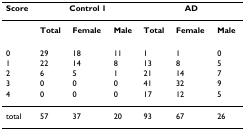
<table><thead><tr><td><b>Score</b></td><td colspan="3"><b>Control 1</b></td><td colspan="3"><b>AD</b></td></tr></thead><tbody><tr><td></td><td><b>Total</b></td><td><b>Female</b></td><td><b>Male</b></td><td><b>Total</b></td><td><b>Female</b></td><td><b>Male</b></td></tr><tr><td>0</td><td>29</td><td>18</td><td>11</td><td>1</td><td>1</td><td>0</td></tr><tr><td>1</td><td>22</td><td>14</td><td>8</td><td>13</td><td>8</td><td>5</td></tr><tr><td>2</td><td>6</td><td>5</td><td>1</td><td>21</td><td>14</td><td>7</td></tr><tr><td>3</td><td>0</td><td>0</td><td>0</td><td>41</td><td>32</td><td>9</td></tr><tr><td>4</td><td>0</td><td>0</td><td>0</td><td>17</td><td>12</td><td>5</td></tr><tr><td>total</td><td>57</td><td>37</td><td>20</td><td>93</td><td>67</td><td>26</td></tr></tbody></table>